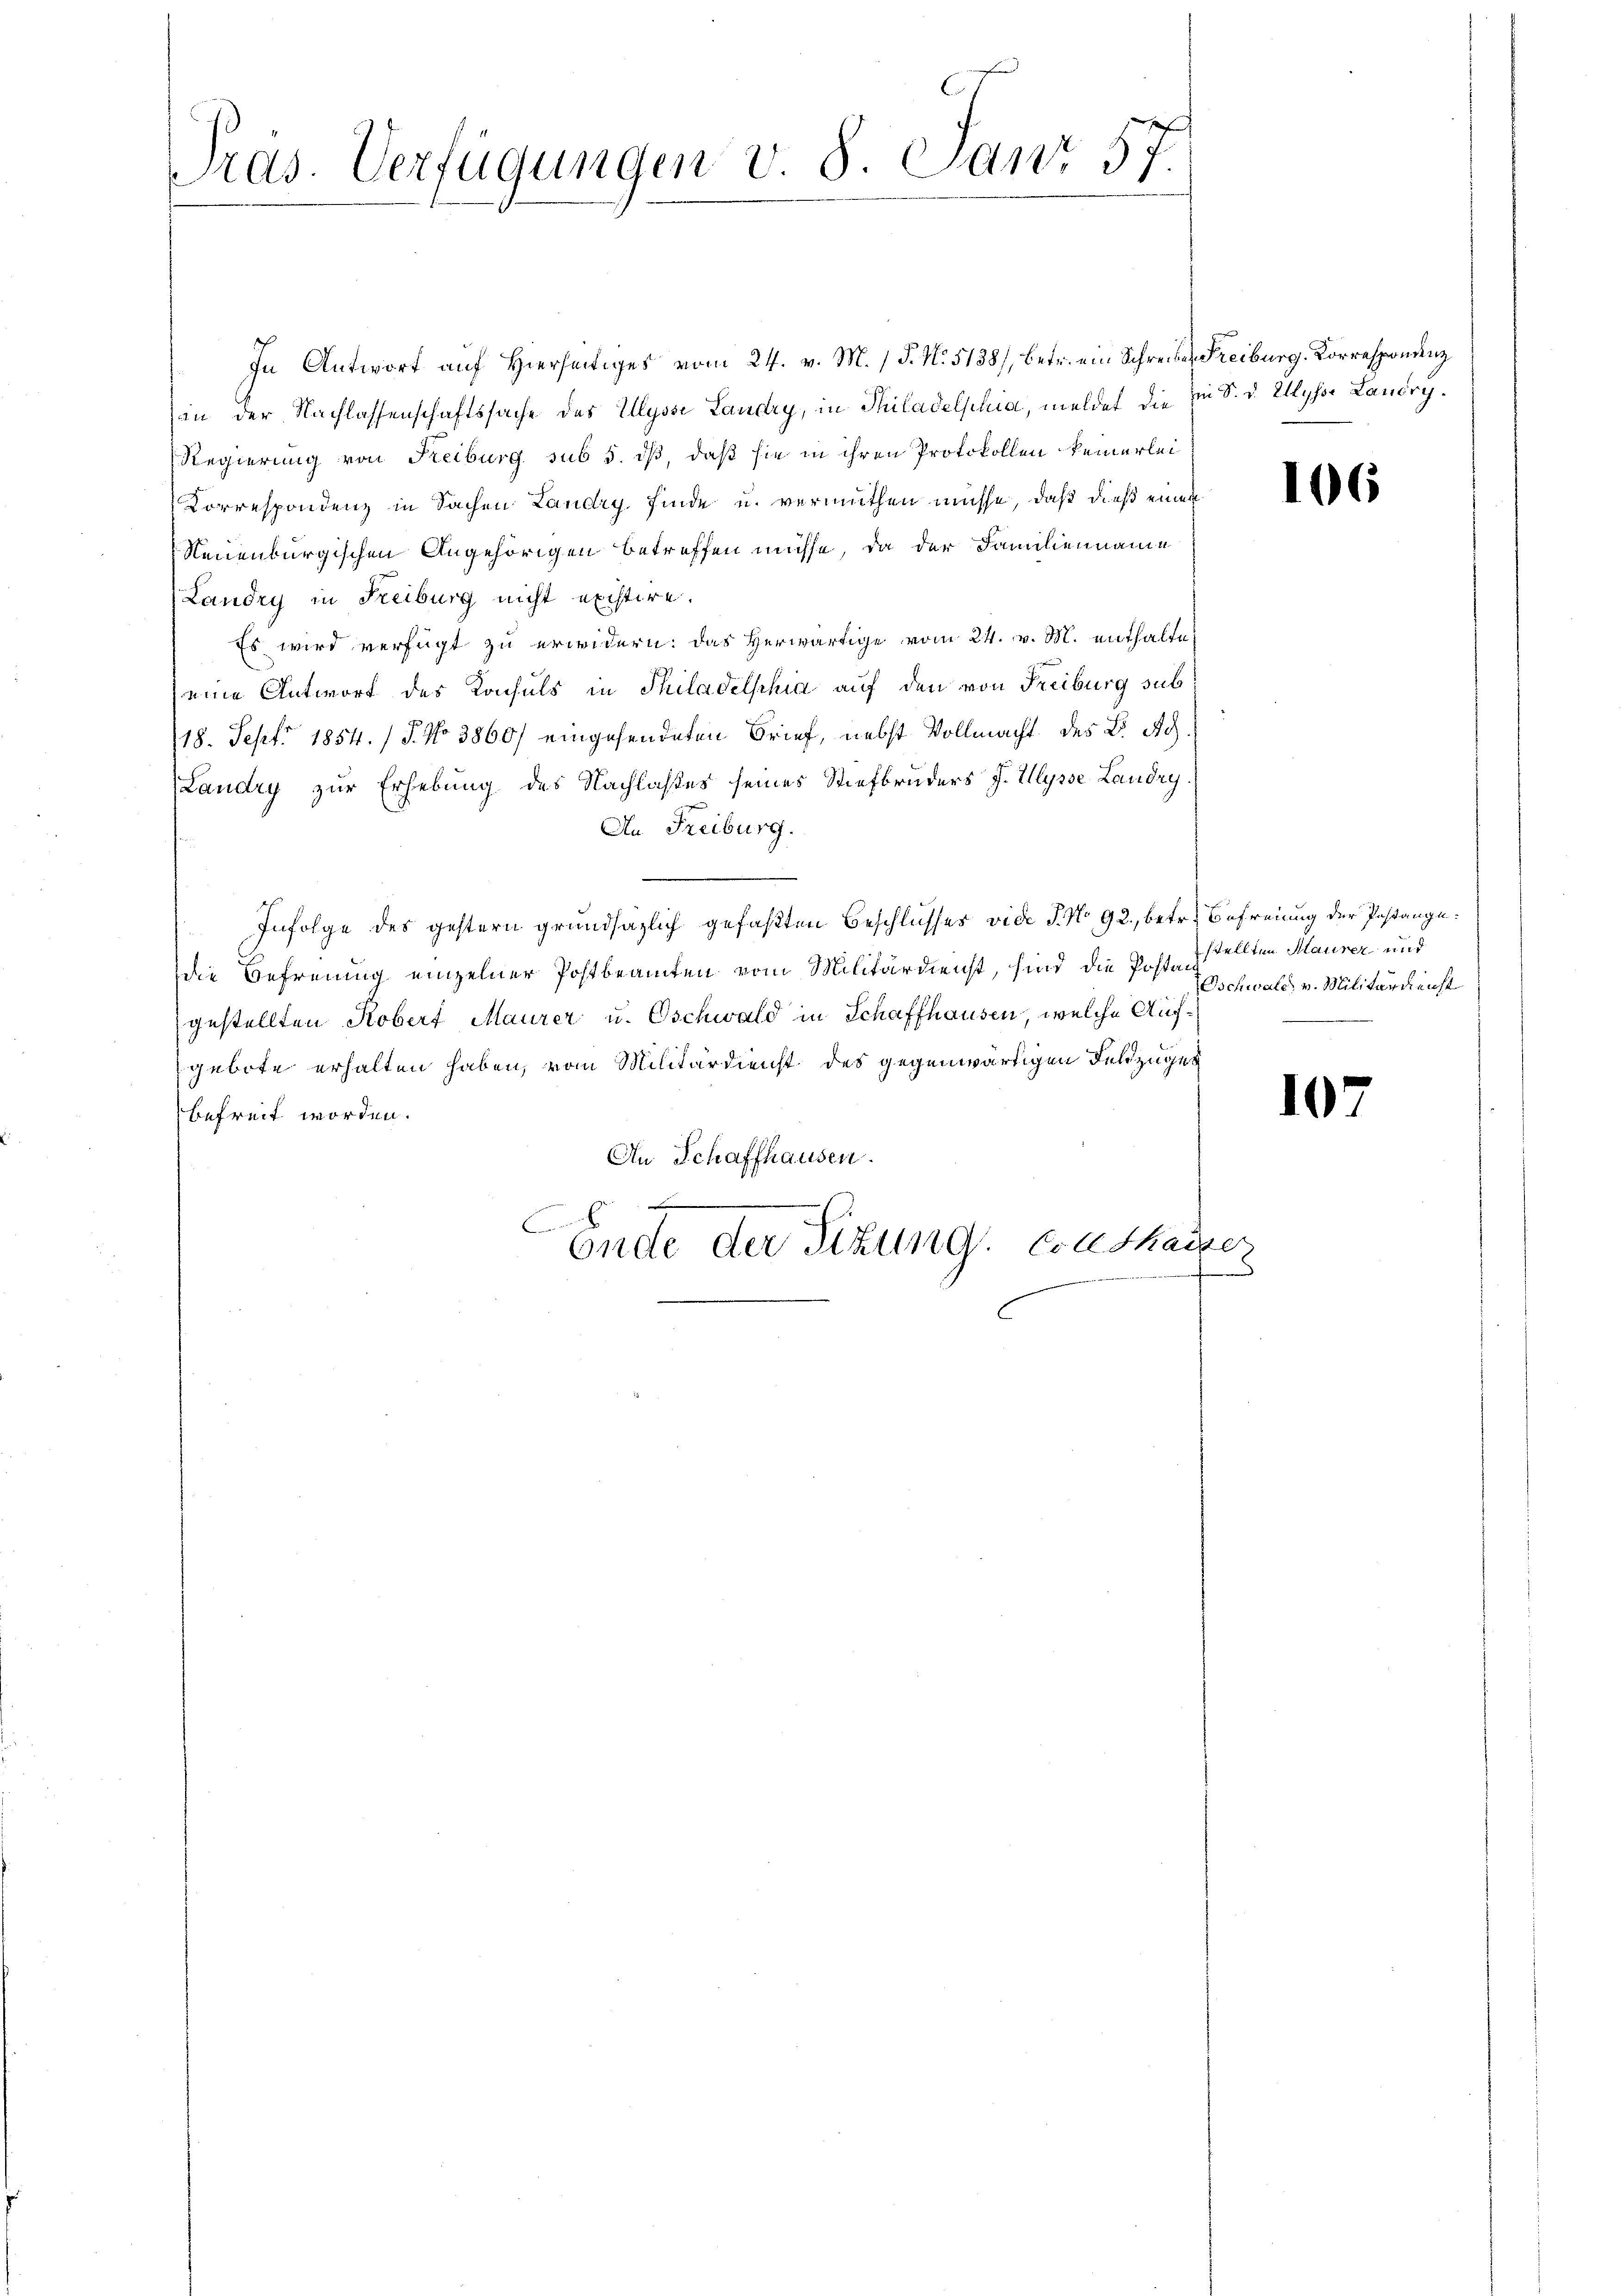
ras. Verfügungen v. 8. Janr 5

In Antwort auf hierseitiges vom 24. v. M. P. N. 5138), betr. ein Schreiben Freiburg, Korrespondenz
in der Nachlassenschaftssache des Illysse Landry, in Philadelphia, meldet die in S. v. Ulysse Landry¬
Regierung von Reiburg sub 5. dß, daß sie in ihren Protokollen keinerlei
Correspondenz in Sachen Landry finde u. vermuthen müsse, daß dieß einen
Neuenburgischen Angehörigen betreffen müsse, da der Familienname
Landry in Freiburg nicht existire.
Es wird verfügt zu erwidern: das Herwärtige vom 24. v. M. enthalteeine Antwort des Konsuls in Philadelphia auf den von Freiburg sub
18. Sept. 1854. / J. No 3860/ eingesendeten Brief, nebst Vollmacht des B. Ach.
(Landry zur Erhebung des Nachlaßes seines Stiefbruders J. Illysse Landry
An Freiburg.
Infolge des gestern grundsäzlich gefaßten Beschlusses vide P. No 92, betr. Befreiung der Pestanzudie Befreiung einzelner Postbeamten vom Militärdienst, sind die Posten stellten Maurer und
gestellten Kobert Maurer u. Oschwald in Schaffhausen, welche Aufgebote erhalten haben, vom Militärdienst des gegenwärtigen Feldzuges
befreit worden.
An Schaffhausen.
6
Ondte der Sitzung. Enthause
e

106

Oschwald v. Militärdienst

107